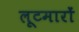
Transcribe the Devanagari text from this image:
लूटमारों